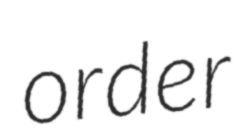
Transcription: order